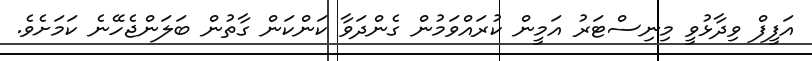
އަފީފް ވިދާޅުވީ މިނިސްޓަރު އަމީން ކުރައްވަމުން ގެންދަވާ ކަންކަން ގާތުން ބަލަންޖެހޭނެ ކަމަށެވެ.